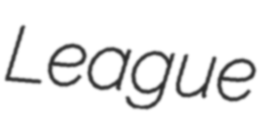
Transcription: League